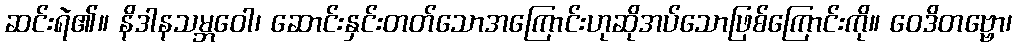
ဆင်းရဲ၏။ နိဒါနသမ္ဘဝေါ၊ ဆောင်းနှင်းတတ်သောအကြောင်းဟုဆိုအပ်သောဖြစ်ကြောင်းကို။ ဝေဒိတဗ္ဗော၊